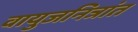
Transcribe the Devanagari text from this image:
वायुजनित्रांत